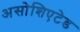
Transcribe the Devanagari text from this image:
असोशिएटेड